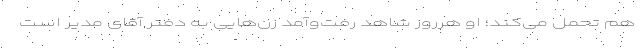
هم تحمل می‌کند؛ او هرروز شاهد رفت‌وآمد زن‌هایی به دفتر آقای مدیر است